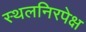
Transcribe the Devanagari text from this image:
स्थलनिरपेक्ष